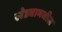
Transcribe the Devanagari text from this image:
खेड्यामधील